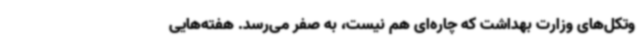
وتکل‌های وزارت بهداشت که چاره‌ای هم نیست، به صفر می‌رسد. هفته‌هایی